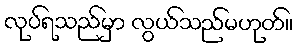
လုပ်ရသည်မှာ လွယ်သည်မဟုတ်။